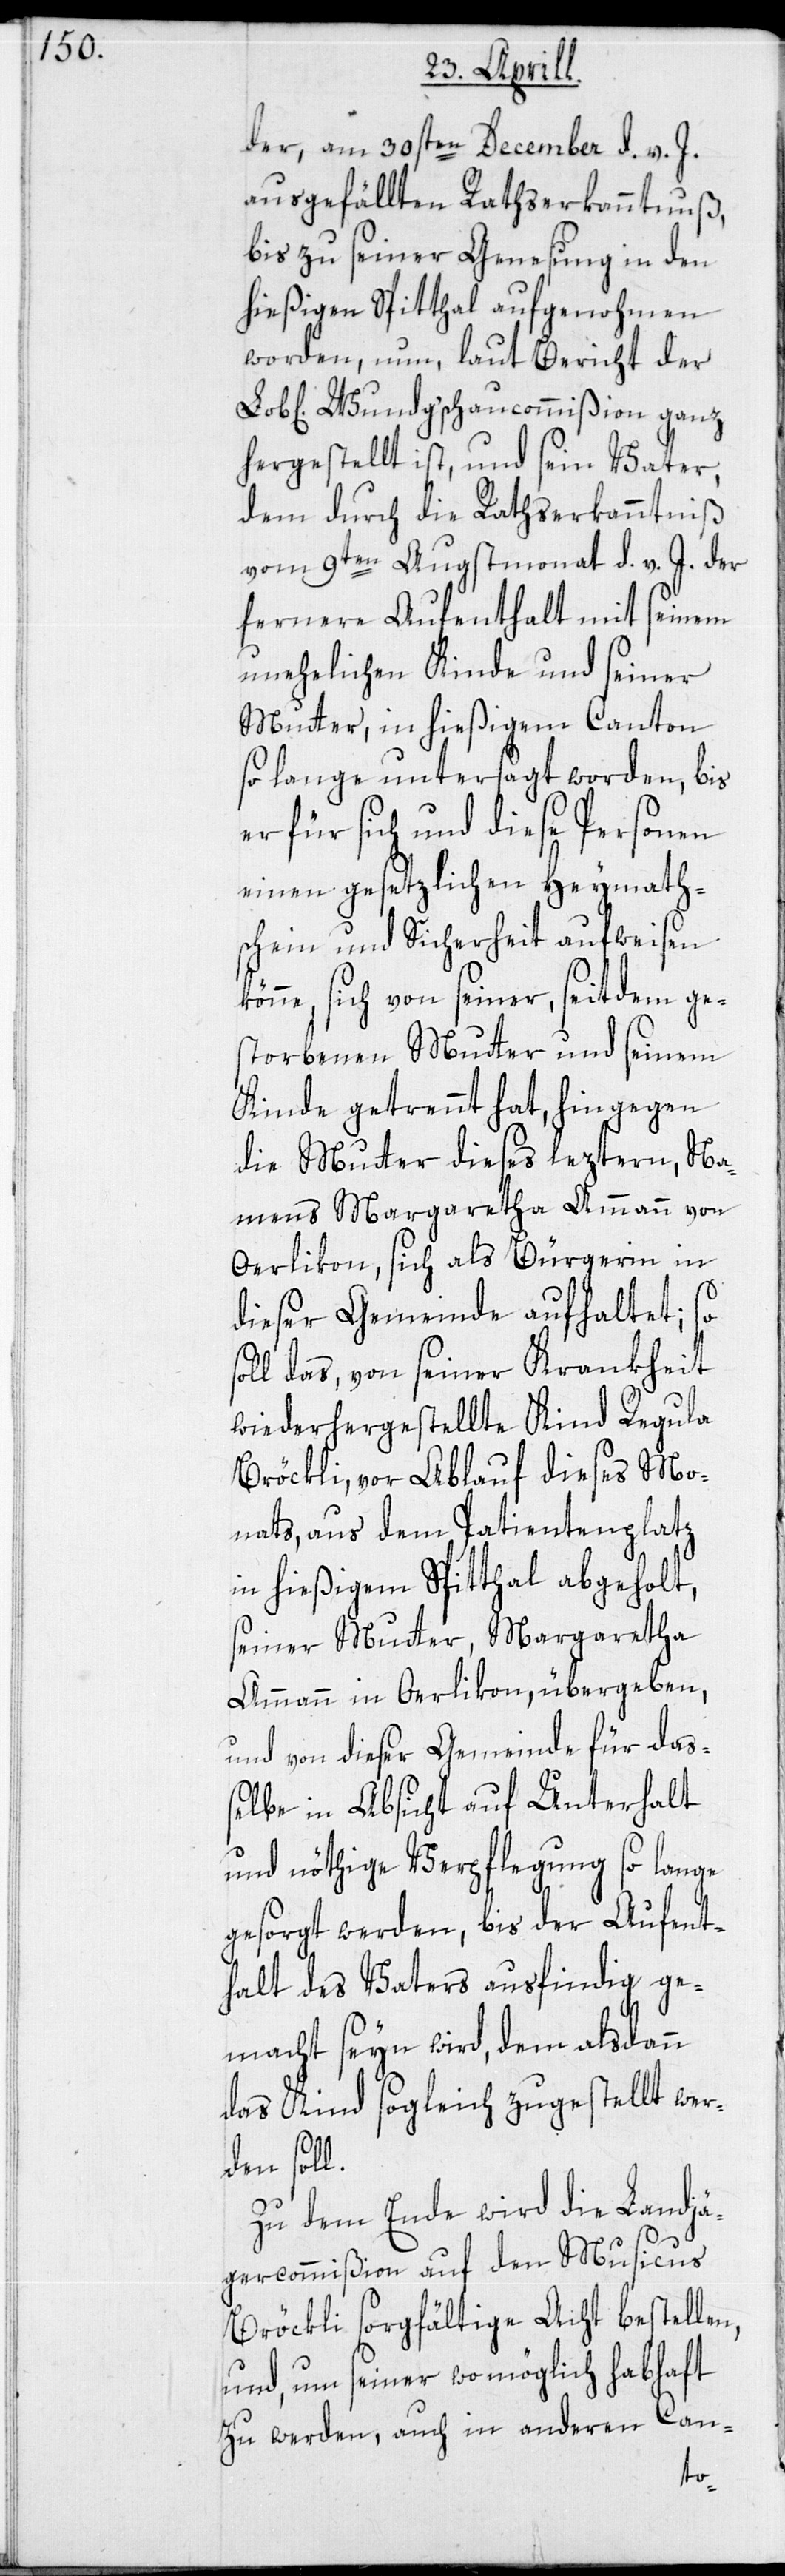
der, am 30sten December d. v. J.
ausgefällten Rathserkanntnuß,
bis zu seiner Genesung in den
hießigen Spitthal aufgenohmen
worden, nun, laut Bericht der
Wundg’schaucommißion ganz
hergestellt ist, und sein Vater,
dem durch die Rathserkanntniß
vom 9ten Augstmonat d. v. J. der
fernere Aufenthalt mit seinem
unehelichen Kinde und seiner
Mutter, in hießigem Canton
so lange untersagt worden, bis
er für sich und diese Personen
einen gesetzlichen Heymath¬
schein und Sicherheit aufweisen
ne, sich von seiner, seitdem ge¬
storbenen Mutter und seinem
Kinde getrennt hat, hingegen
die Mutter dieses leztern, Na¬
mens Margaretha Ammann von
Oerlikon, sich als Bürgerin in
dieser Gemeinde aufhaltet;
so
soll das, von seiner Krankheit
wiederhergestellte Kind Regula
Bröckli, vor Ablauf dieses Mo¬
nats, aus dem Patientenplatz
in hießigem Spitthal abgeholt,
seiner Mutter, Margaretha
Ammann in Oerlikon, übergeben,
und von dieser Gemeinde für das¬
selbe in Absicht auf Unterhalt
und nöthige Verpflegung so lange
gesorgt werden, bis der Aufent¬
halt des Vaters ausfindig ge¬
macht seyn wird, dem alsdann
das Kind sogleich zugestellt wer¬
den soll.
Zu dem Ende wird die Landjä¬
gercommißion auf den Musicus
Bröckli sorgfältige Acht bestellen,
und, um seiner wo möglich habhaft
zu werden, auch in anderen Can-
kön¬